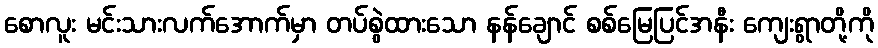
စောလူး မင်းသားလက်အောက်မှာ တပ်စွဲထားသော နန်ချောင် စစ်မြေပြင်အနီး ကျေးရွာတို့ကို